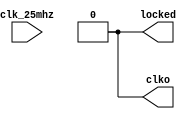
module clk25_250(
    input clk_25mhz, 
    output locked,
    output clko
);
reg clk = 1;
always #1 clk = !clk;
assign locked = 0;
assign clko = clk;
endmodule